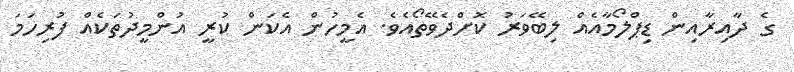
ގެ ދާއިރާއިން ޑިޕްލޯމާއެއް ލިބޭވަރު ކޮށްދެވޭތޯއެވެ. އެމީހުން އެކަން ކުރީ އުންމީދުތަކެއް ފުރިހަމަ